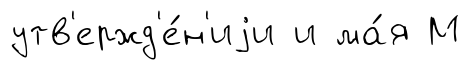
утв'ержд'е́н'иjи и ма́я М